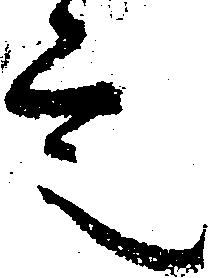
言